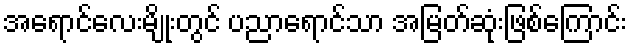
အရောင်လေးမျိုးတွင် ပညာရောင်သာ အမြတ်ဆုံးဖြစ်ကြောင်း